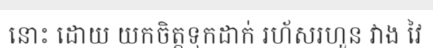
នោះ ដោយ យកចិត្តទុកដាក់ រហ័សរហួន វាង វៃ